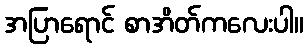
အပြာရောင် စာအိတ်ကလေးပါ။